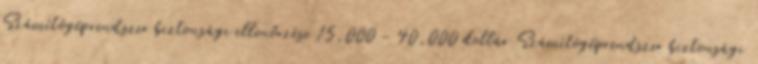
Számítógéprendszer biztonsági ellenőrzése 15,000 - 40,000 dollár Számítógéprendszer biztonsági